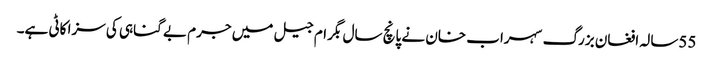
55سالہ افغان بزرگ سہراب خان نے پانچ سال بگرام جیل میں جرم بے گناہی کی سزا کاٹی ہے۔